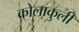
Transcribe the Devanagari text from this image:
कोलाकुली